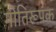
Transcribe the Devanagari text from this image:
गीतिरूपक